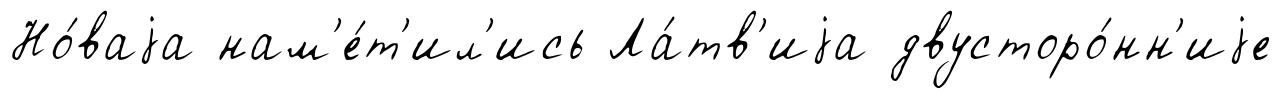
Но́ваjа нам'е́т'ил'ись Ла́тв'иjа двусторо́нн'иjе